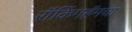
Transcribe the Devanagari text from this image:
रॉकिंगहॅमचा